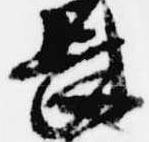
長